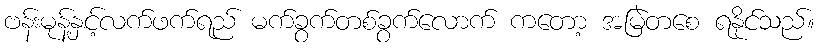
ဗန်းမုန့်နှင့်လက်ဖက်ရည် မက်ခွက်တစ်ခွက်လောက် ကတော့ အမြဲတစေ ရနိုင်သည်။